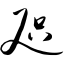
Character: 咫